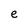
Character: e